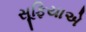
સૂફિયાએ